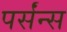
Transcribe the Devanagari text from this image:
पर्संन्स